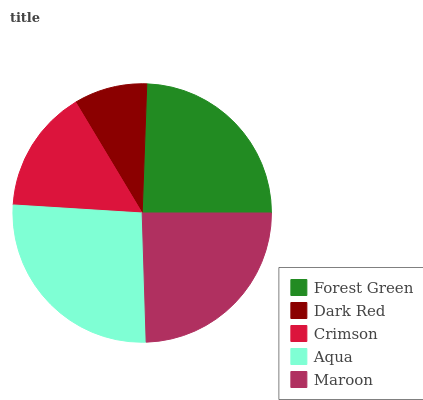
| Forest Green | Dark Red | Crimson | Aqua | Maroon |
 | --- | --- | --- | --- | --- |
 | 24.5% | 9.17% | 15.4% | 26.4% | 24.5% |